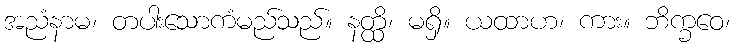
အညံနာမ၊ တပါးသောကံမည်သည်။ နတ္ထိ၊ မရှိ။ ယထာဟ၊ ကား။ ဘိက္ခဝေ၊